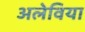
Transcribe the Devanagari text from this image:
अलेविया